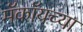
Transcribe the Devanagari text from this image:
मॅकॉयच्या